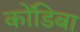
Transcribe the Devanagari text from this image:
कोंडिबा